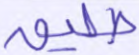
طليق